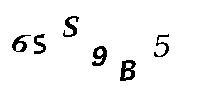
6SS9B5